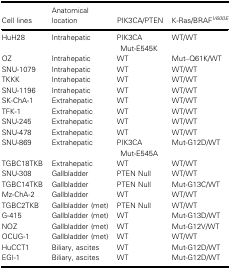
<table><thead><tr><td><b>Cell lines</b></td><td><b>Anatomical location</b></td><td><b>PIK3CA/PTEN</b></td><td><b>K‐Ras/BRAF<sup><i>V600E</i></sup></b></td></tr></thead><tbody><tr><td>HuH28</td><td>Intrahepatic</td><td>PIK3CA Mut‐E545K</td><td>WT/WT</td></tr><tr><td>OZ</td><td>Intrahepatic</td><td>WT</td><td>Mut–Q61K/WT</td></tr><tr><td>SNU‐1079</td><td>Intrahepatic</td><td>WT</td><td>WT/WT</td></tr><tr><td>TKKK</td><td>Intrahepatic</td><td>WT</td><td>WT/WT</td></tr><tr><td>SNU‐1196</td><td>Intrahepatic</td><td>WT</td><td>WT/WT</td></tr><tr><td>SK‐ChA‐1</td><td>Extrahepatic</td><td>WT</td><td>WT/WT</td></tr><tr><td>TFK‐1</td><td>Extrahepatic</td><td>WT</td><td>WT/WT</td></tr><tr><td>SNU‐245</td><td>Extrahepatic</td><td>WT</td><td>WT/WT</td></tr><tr><td>SNU‐478</td><td>Extrahepatic</td><td>WT</td><td>WT/WT</td></tr><tr><td>SNU‐869</td><td>Extrahepatic</td><td>PIK3CA Mut‐E545A</td><td>Mut‐G12D/WT</td></tr><tr><td>TGBC18TKB</td><td>Extrahepatic</td><td>WT</td><td>WT/WT</td></tr><tr><td>SNU‐308</td><td>Gallbladder</td><td>PTEN Null</td><td>WT/WT</td></tr><tr><td>TGBC14TKB</td><td>Gallbladder</td><td>PTEN Null</td><td>Mut‐G13C/WT</td></tr><tr><td>Mz‐ChA‐2</td><td>Gallbladder</td><td>WT</td><td>WT/WT</td></tr><tr><td>TGBC2TKB</td><td>Gallbladder (met)</td><td>PTEN Null</td><td>WT/WT</td></tr><tr><td>G‐415</td><td>Gallbladder (met)</td><td>WT</td><td>Mut‐G13D/WT</td></tr><tr><td>NOZ</td><td>Gallbladder (met)</td><td>WT</td><td>Mut‐G12V/WT</td></tr><tr><td>OCUG‐1</td><td>Gallbladder (met)</td><td>WT</td><td>WT/WT</td></tr><tr><td>HuCCT1</td><td>Biliary, ascites</td><td>WT</td><td>Mut‐G12D/WT</td></tr><tr><td>EGI‐1</td><td>Biliary, ascites</td><td>WT</td><td>Mut‐G12D/WT</td></tr></tbody></table>